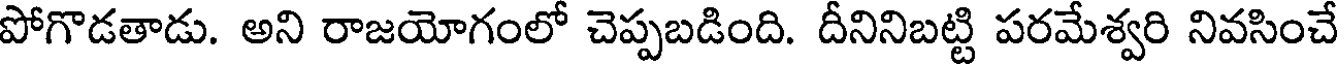
పోగొడతాడు. అని రాజయోగంలో చెప్పబడింది. దీనినిబట్టి పరమేశ్వరి నివసించే